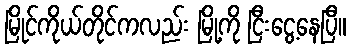
မြိုင်ကိုယ်တိုင်ကလည်း မြို့ကို ငြီးငွေ့နေပြီ။